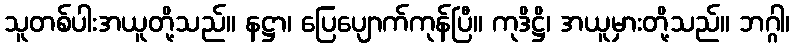
သူတစ်ပါးအယူတို့သည်။ နဋ္ဌာ၊ ပြေပျောက်ကုန်ပြီ။ ကုဒိဋ္ဌိ၊ အယူမှားတို့သည်။ ဘဂ္ဂါ၊